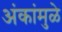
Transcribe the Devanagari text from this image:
अंकांमुळे